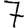
Digit: 7